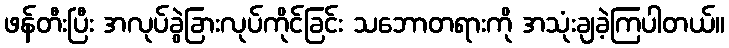
ဖန်တီးပြီး အလုပ်ခွဲခြားလုပ်ကိုင်ခြင်း သဘောတရားကို အသုံးချခဲ့ကြပါတယ်။